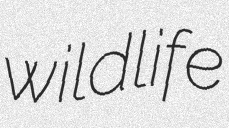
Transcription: wildlife